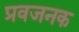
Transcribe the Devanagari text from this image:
प्रवजनक